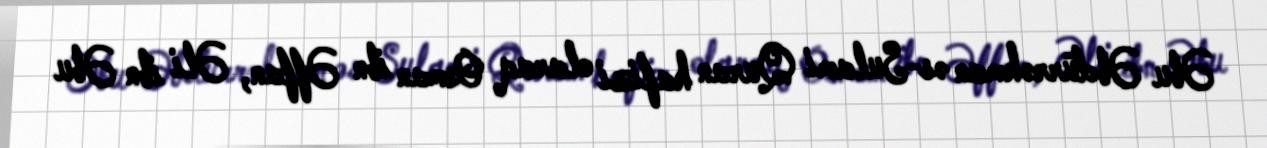
Əbu Əbdürrəhman əs-Sulami Quran hafizi olaraq Osman ibn Əffan, Əli ibn Əbu